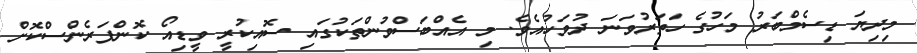
މިދިޔަ ޑިސެމްބަރު މަހުގެ ހަތަރުވަނަ ދުވަހުއެވެ. މި އެއްބަސްވުންތަކުގައި ސޮއިކުރީ ވީޑިއޯ ކޮންފަރެންސްކޮށް